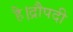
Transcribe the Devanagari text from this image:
है।द्रौपदी